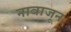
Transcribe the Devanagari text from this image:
नावाजून